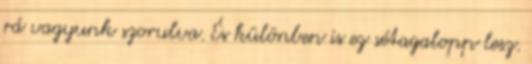
rá vagyunk szorulva. És különben is ez sétagalopp lesz.